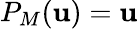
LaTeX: P_{M}(\mathbf{u})=\mathbf{u}